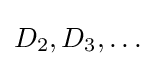
D_{2},D_{3},\ldots